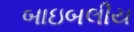
બાઇબલીય